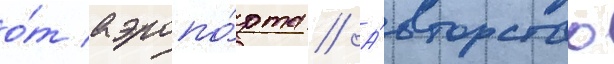
о́т аэропо́рта // А́вторство